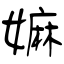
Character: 嫲